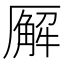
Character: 𪠘